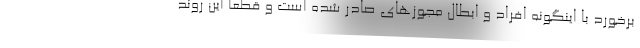
برخورد با اینگونه افراد و ابطال مجوزهای صادر شده است و قطعا این روند